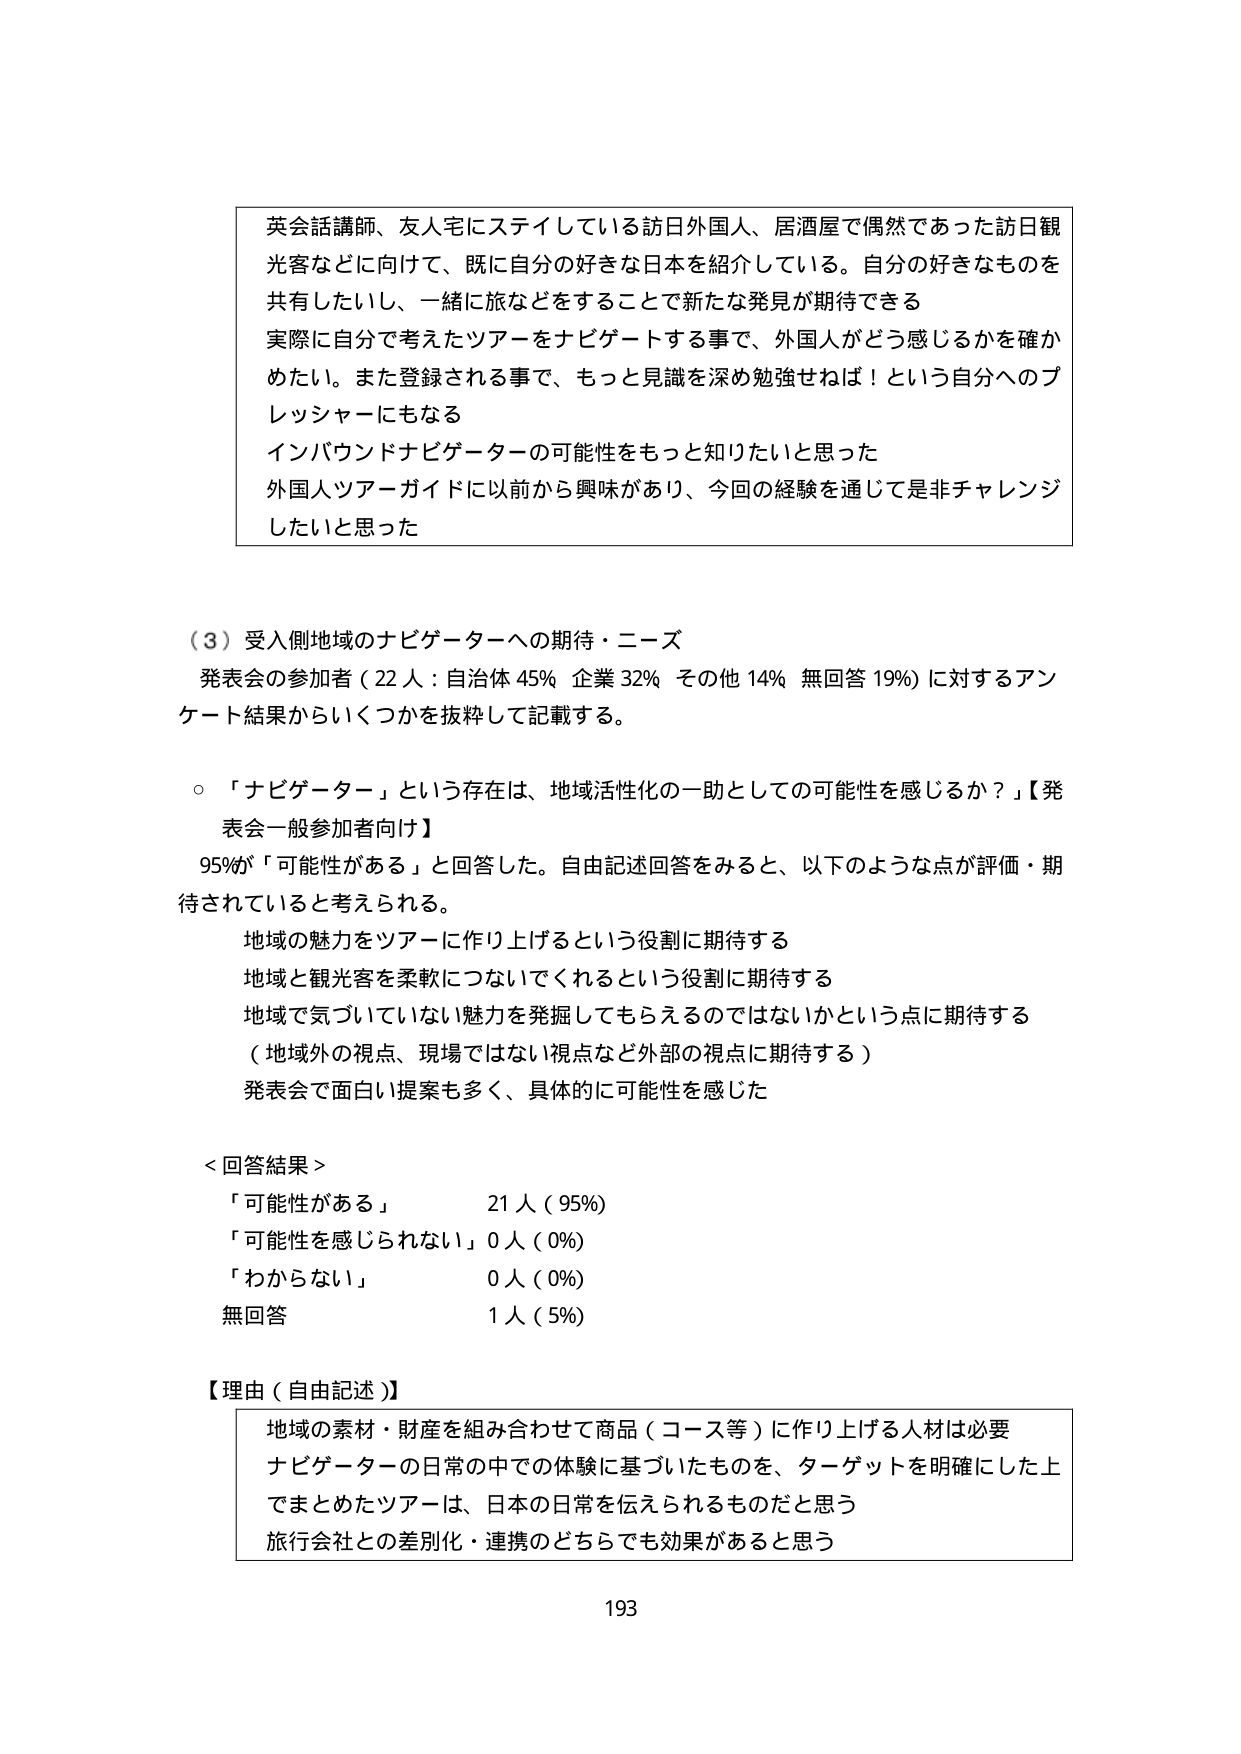
英会話講師、友人宅にステイしている訪日外国人、居酒屋で偶然であった訪日観光客などに向けて、既に自分の好きな日本を紹介している。自分の好きなものを共有したいし、一緒に旅などをすることで新たな発見が期待できる
実際に自分で考えたツアーをナビゲートする事で、外国人がどう感じるかを確かめたい。また登録される事で、もっと見識を深め勉強せねば！という自分へのプレッシャーにもなる
インバウンドナビゲーターの可能性をもっと知りたいと思った
外国人ツアーガイドに以前から興味があり、今回の経験を通じて是非チャレンジしたいと思った

（３）受入側地域のナビゲーターへの期待・ニーズ
発表会の参加者（22人：自治体45% 企業32% その他14% 無回答19%）に対するアンケート結果からいくつかを抜粋して記載する。

○「ナビゲーター」という存在は、地域活性化の一助としての可能性を感じるか？【発表会一般参加者向け】
95%が「可能性がある」と回答した。自由記述回答をみると、以下のような点が評価・期待されていると考えられる。
　地域の魅力をツアーに作り上げるという役割に期待する
　地域と観光客を柔軟につないでくれるという役割に期待する
　地域で気づいていない魅力を発掘してもらえるのではないかという点に期待する
　（地域外の視点、現場ではない視点など外部の視点に期待する）
　発表会で面白い提案も多く、具体的に可能性を感じた

＜回答結果＞
「可能性がある」　　　　21人（95%）
「可能性を感じられない」0人（0%）
「わからない」　　　　0人（0%）
無回答　　　　　　　　1人（5%）

【理由（自由記述）】
地域の素材・財産を組み合わせて商品（コース等）に作り上げる人材は必要
ナビゲーターの日常の中での体験に基づいたものを、ターゲットを明確にした上でまとめたツアーは、日本の日常を伝えられるものだと思う
旅行会社との差別化・連携のどちらでも効果があると思う

193